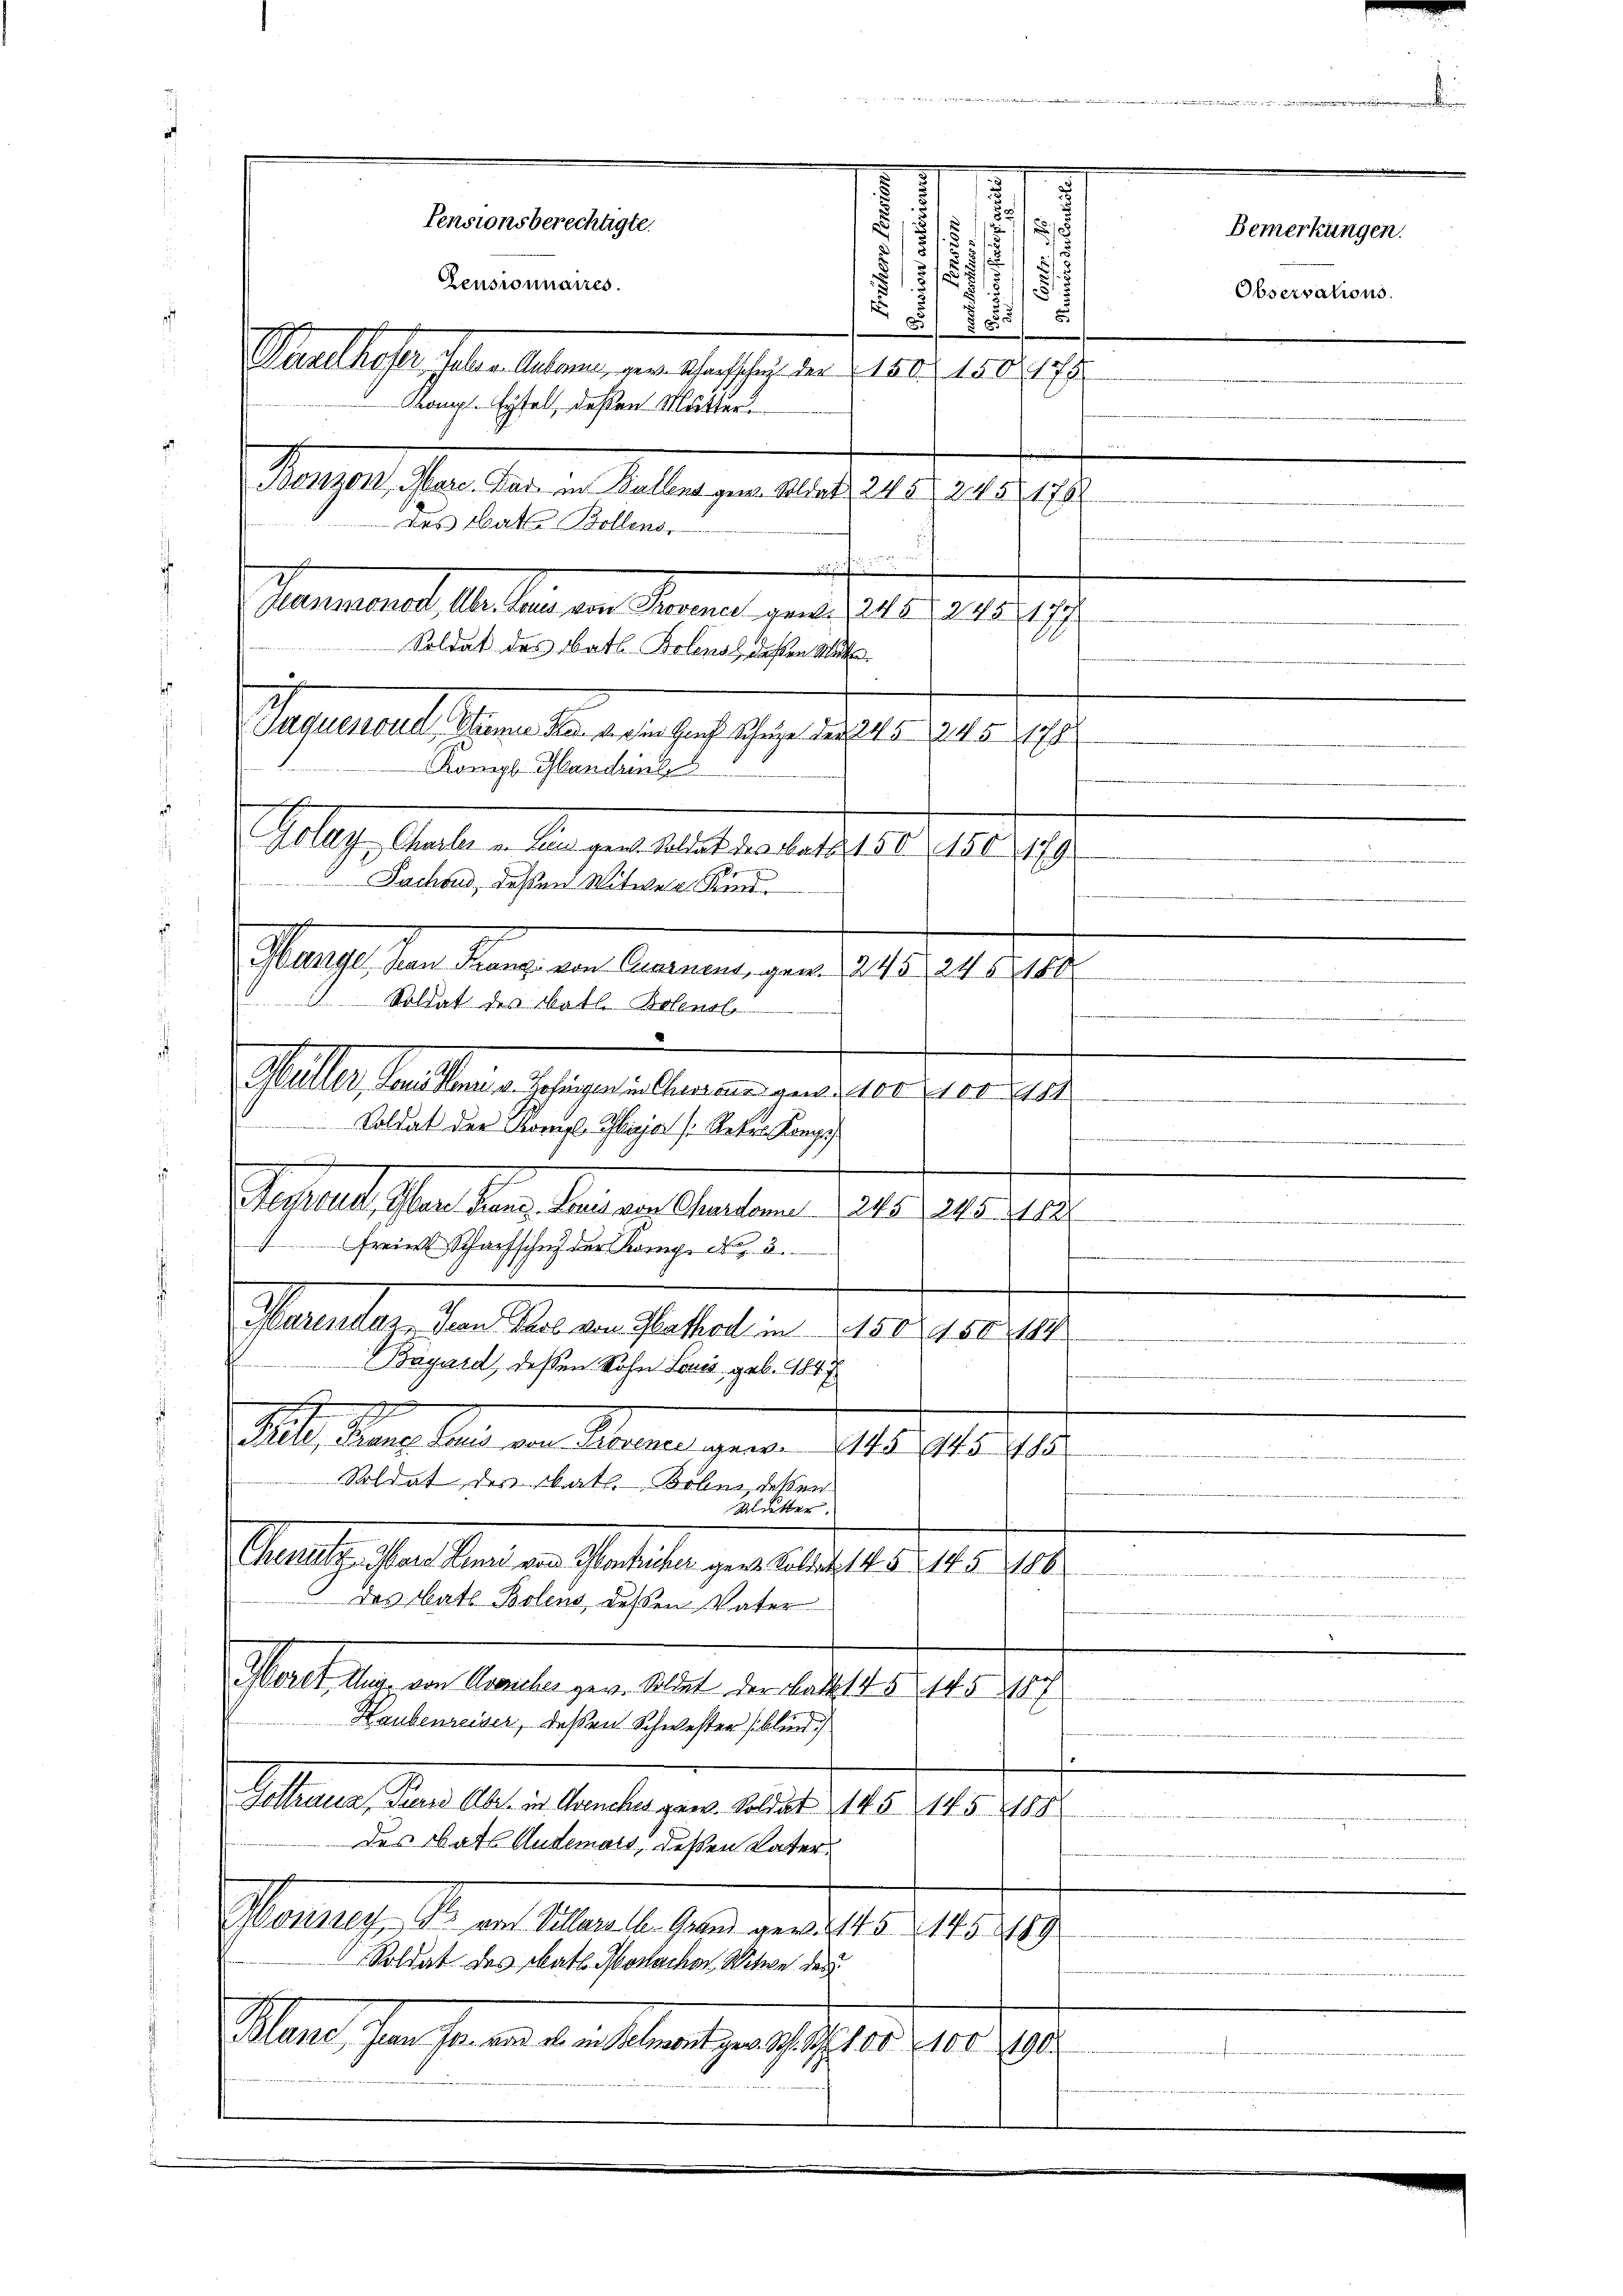
e
80x
Nusthofer, haben. Andern, der Scharfschreit der § 160. 150. 7
Akompl. Eyfel deßen Mutter
.
Bonzon Marc. Das in Baller gew. Soldat, 245 245 1782
des Batte Bollens.

Hammonod Ubr. Laud von Provence gew. 245 245 177
Soldat des Obath Bolens, deßen Mit
e
Jaquesoud Senne da die Genf Schuhe der 24 § 345 178
Compl Handzinse
.
s
.
Müller, Land Mai v. Zofingen in Charaus gen der 100. 10
Soldat der Kompl Ilija (Reker Komp
.

Aecrona, Gar Franz Bonis von Chardonne 245 245. 182
freie Scharfschuf der Komp. N. 3
Marendas Jean Prob von Kathod in 150. 450 184
Bägard, dessen Sohn Louis, geb. 1847
.
3
Prete, Franze Laus von Provenedigen. 145. 14585
Soldat des kath. Bobei deßen
Mutter.
Chenutz- Ward Henzi von Montricker gene Kollen 145 145 186
das Bats Bolens, dessen Vater
¬
Horet Aug. von Avenches gew. Soldet der Batt. 14514 § 187
e
Haubenreiser, deßen Schwester blind
sottanna, Turns Aber in Grenches gew. Soldat 145 145 188
des Bats Audemois, deßen Vater¬
Wonner B. von Villar l. Grand gew. 145 (145 189
Soldat des Math. Monarcher Witwe der
Mlart, son sein an de in Solant verschicht er 100. 29.
d

.

Pensionsberechtigte.
Zeusronnaires.

Gola, Mater den enthaltetentestalt d. 18
Fachaus, dessen Witwen Kind
Hange Han Franzi von Carnent, gen. 245, 245150
Soldat des Math. Bolen.

u
1
7
s
2.
.
5
2
8

e
.

1179

Bemerkungen.

Observations.

u